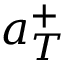
{ a } _ { T } ^ { + }